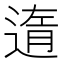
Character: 遀